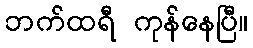
ဘက်ထရီ ကုန်နေပြီ။